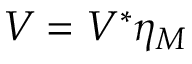
{ V } _ { \l } = { V } _ { \l } ^ { * } \l \eta _ { M }